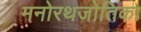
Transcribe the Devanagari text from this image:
मनोरथजोतिका